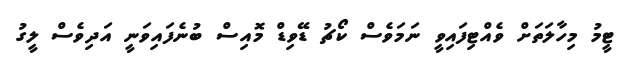
ޓީމު މިހާލަތަށް ވެއްޓިފައިވީ ނަމަވެސް ކޯޗު ޑޭވިޑް މޮއިސް ބުނެފައިވަނީ އަދިވެސް ލީގު